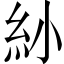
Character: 𥾗